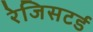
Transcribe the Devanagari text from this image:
रेजिसटर्ड